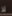
لا